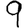
Digit: 9